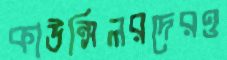
কাউন্সিলরদেরও